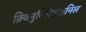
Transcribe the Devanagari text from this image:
क़्विनुक्लिडाइनिल